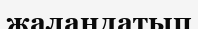
жалаңдатып